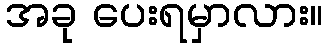
အခု ပေးရမှာလား။